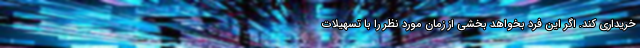
خریداری کند. اگر این فرد بخواهد بخشی از زمان مورد نظر را با تسهیلات